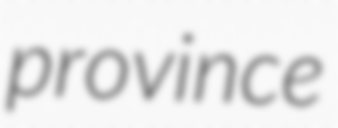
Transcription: province